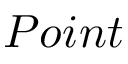
P o i n t